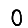
Digit: 0